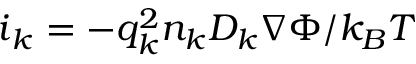
\boldsymbol { i } _ { k } = - q _ { k } ^ { 2 } n _ { k } D _ { k } \nabla \Phi / k _ { B } T